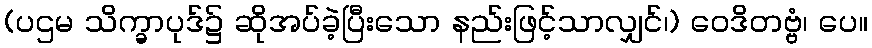
(ပဌမ သိက္ခာပုဒ်၌ ဆိုအပ်ခဲ့ပြီးသော နည်းဖြင့်သာလျှင်၊) ဝေဒိတဗ္ဗံ၊ ပေ။